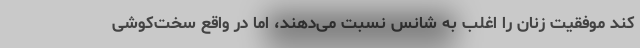
کند موفقیت زنان را اغلب به شانس نسبت می‌دهند، اما در واقع سخت‌کوشی